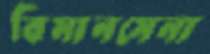
বিমানসেনা